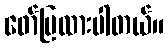
ဖော်ပြထားပါတယ်။